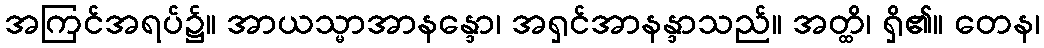
အကြင်အရပ်၌။ အာယသ္မာအာနန္ဒော၊ အရှင်အာနန္ဒာသည်။ အတ္ထိ၊ ရှိ၏။ တေန၊